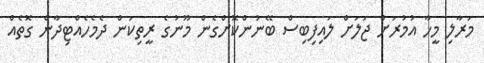
މަރާލި މީހާ އުމުރަށް ޖަލަށް ލައިފިބިސް ބޭނުންކޮށްގެން މޫނުގެ ރީތިކަން ދެމެހެއްޓިދާނެ ގޮތެއް